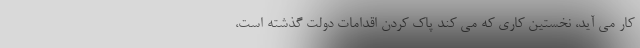
کار می آید، نخستین کاری که می کند پاک کردن اقدامات دولت گذشته است،